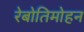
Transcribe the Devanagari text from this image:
रेबोतिमोहन